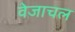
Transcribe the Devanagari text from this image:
वेजाचल